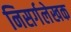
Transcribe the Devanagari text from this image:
निसर्गलेखक